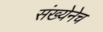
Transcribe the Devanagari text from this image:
संख्येनेच